Reports on military cantonments and civil stations in the Presidency of Bombay inspected by the Sanitary Commissioner in the years 1875 and 1876
Year: 1875
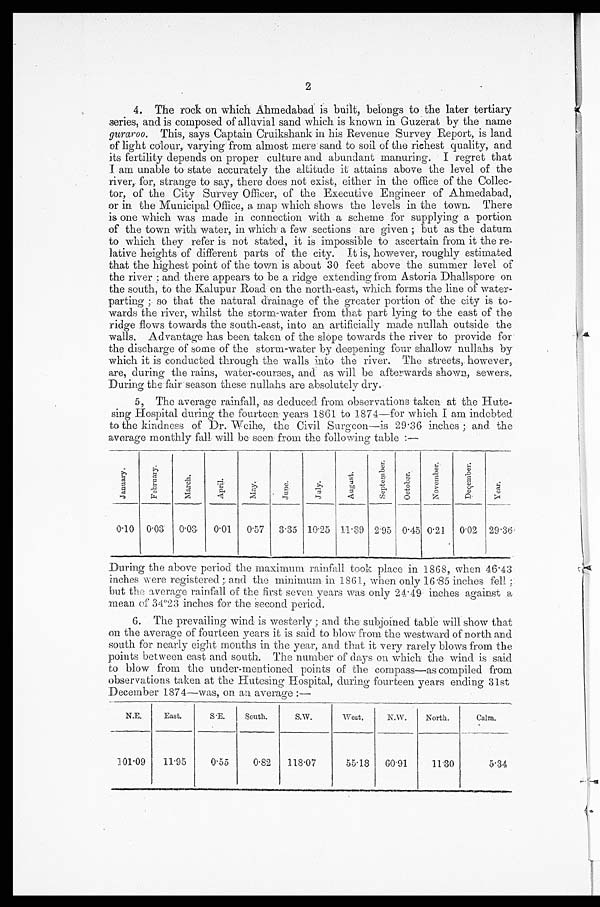
2
. i
4. The rock on which Ahmedabad is built, belongs to the later tertiary
aeries, and is composed of alluvial sand which is known in Guzerat by the name
guraroo. This, says Captain Cruikshank in his Revenue Survey Report, is land
of light colour, varying from almost mere sand to soil of the richest quality, and
its fertility depends on proper culture and abundant manuring. I regret that
am unable to state accurately the altitude it attains above the level of the
river,. for, strange to say, there does not exist, either in the office of the Collec-
tor, of the City Survey Officer, of the Executive Engineer of Ahmedabad,
or in the Municipal Office, a map which shows the levels in the town. There
is one which was made in connection with a scheme for supplying a portion
of the town with water, in which: a few sections are given ; but as the datum
to which they refer is not stated, it is impossible to ascertain from it the re-
lative heights of different parts of the city. It is, however, roughly estimated
that the highest point of the town is about 30 feet above the summer level of
the river and there appears to be a ridge extending from Astoria Dhallspore on
the south, to the Kalupur Road on the north-east, which forms the line of water-
parting ; so that the natural drainage of the greater portion of the city is to-
wards the river, whilst the storm-water from that part lying to the east of the
ridge flows towards the south-east, into an. artificially made nullah outside the
walls. Advantage has been taken of the slope towards the river to provide for•
the discharge of some of the storm-water by deepening four shallow nullahs by
which it is conducted through the walls into the river. The streets,. however,
are, during the rains, water-courses, and as will be afterwards shown, sewers.
During the fair season these- n.ullahs are absolutely dry..
5, The average rainfall, as deduced' from observations taken at the Hate-
sing Hospital during the fourteen years 1861 to 1874—for which I am indebted.
to the kindness of Dr. Weihe, the Civil Surgeon—is 29 . 36 inches ; and the
average monthly fall, will be seen from the following table
,
c rl
51 r3
' -D
, 2, '
i
CI
r
1
'
,7
r4
___:
• _,
,
g_,
-Ii
c. . ,
,
6
. `: ' , /
,
'-;
,
_,.; _, - . ,
1
,=.0
N
5.
_ .
-,_,
,,_ .
ti
g
F.
'-
0
,
t)
.8
4)
,.;
CU
0 . 10
0'03
0. 03
0°0l.
0 . 57
3 . 35 1025 11 . 39 2 . 95
IOMMIUMein.......-.....-La...
0 . 45 0 . 21
0 . 02
29-36
During the above period the maximum rainfall took place in 1868, when 46'43
inches were registered ; and the minimum in 1861, when. only 16 . 85 inches fell
but the average rainfall of the first sevenyears was only 24-49 inches against a
:mean of 34"23 inches for the second peried.
6. The prevailing wind is westerly ; and the subjoined table will show that
on the average of fourteen years it is said. to blow from the westward of north. and
south for nearly eight months in the year, and that it very rarely blows from the
points between east and south. The number of days on which the wind is said
to blow from the under-mentioned points of the compass—as compiled from
observations taken at the Hutesing Hospital, during fourteen years ending 31st
December 1874—was, on au average :—
N.E.
East.
S.E.
South.
S.W.
West,
N.W.
North.
Calm.
101 . 09
1195
1,.....0....3..
055
aiRPRIA•VOU.r........n , . . . . . . a.
0.82
118 . 07
55.18
X.1.11.04.14,0191,M.•
60 . 91
salway. awe
11.30
5.34